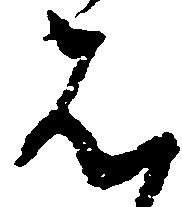
は